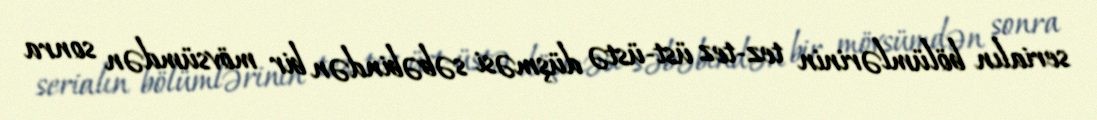
serialın bölümlərinin tez-tez üst-üstə düşməsi səbəbindən bir mövsümdən sonra